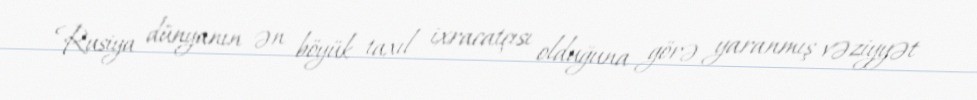
Rusiya dünyanın ən böyük taxıl ixracatçısı olduğuna görə yaranmış vəziyyət